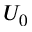
U _ { 0 }